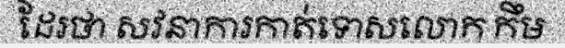
ដែរថា សវនាការកាត់ទោសលោក កឹម